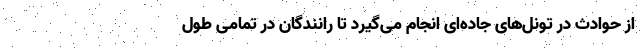
از حوادث در تونل‌های جاده‌ای انجام می‌گیرد تا رانندگان در تمامی طول